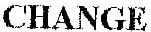
CHANGE